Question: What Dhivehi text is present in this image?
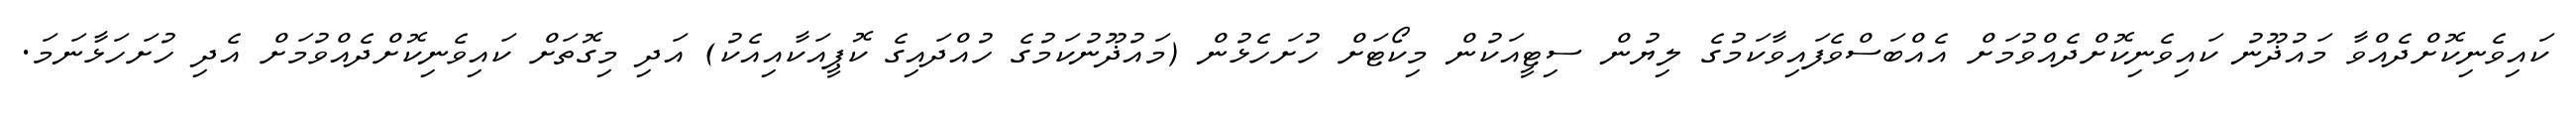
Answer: ކައިވެނިކޮށްދެއްވާ މައުޛޫނު ކައިވެނިކޮށްދެއްވުމަށް އެއްބަސްވެފައިވާކަމުގެ ލިޔުން ސިޓީއަކުން މިކޯޓަށް ހުށަހެޅުން (މައުޛޫނުކަމުގެ ހުއްދައިގެ ކޮޕީއަކާއިއެކު) އަދި މިގޮތަށް ކައިވެނިކޮށްދެއްވުމަށް އެދި ހުށަހަޅާނަމަ.